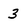
Character: 3